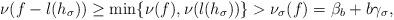
LaTeX: \begin{align*}\nu(f-l(h_\sigma))\geq\min\{\nu(f),\nu(l(h_\sigma))\}>\nu_\sigma(f)=\beta_b+b\gamma_\sigma,\end{align*}